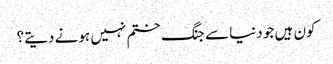
کون ہیں جو دنیا سے جنگ ختم نہیں ہونے دیتے؟